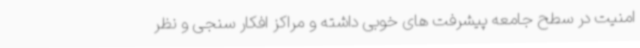
امنیت در سطح جامعه پیشرفت های خوبی داشته و مراکز افکار سنجی و نظر